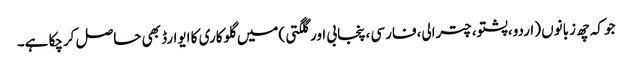
جو کہ چھ زبانوں (اردو،پشتو،چترالی،فارسی ،پنجابی اور گلگتی )میں گلوکاری کا ایوارڈ بھی حاصل کرچکا ہے۔